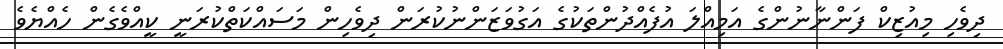
ދިވެހި މިއުޒިކް ފަންނާނުންގެ އަމިއްލަ އުފެއްދުންތަކުގެ އަގުވަޒަންނުކުރަން ދިވެހިން މަސައްކަތްކުރަނީ ކީއްވެގެން ހެއްޔެވެ